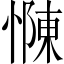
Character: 𢠣